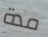
مدة